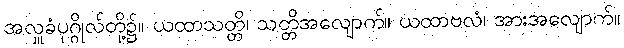
အလှူခံပုဂ္ဂိုလ်တို့၌။ ယထာသတ္တိ၊ သတ္တိအလျောက်။ ယထာဗလံ၊ အားအလျောက်။